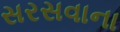
સરસવાના